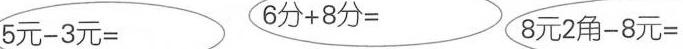
$$5 元 - 3 元 =$$ $$6 分 + 8 分 =$$ $$8 元 2 角 - 8 元 =$$